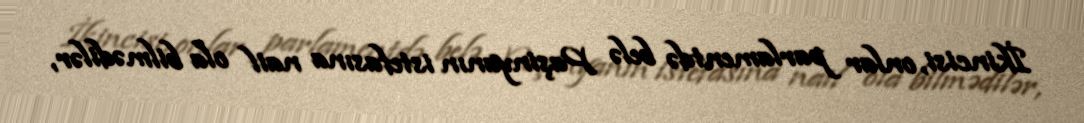
İkincisi, onlar parlamentdə belə Paşinyanın istefasına nail ola bilmədilər,